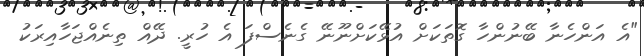
"އެ އަންހެނާ ބޭނުންހާ ގޮތަކަށް އުޅޭކަށްނޫނޭ ގެނެސްފަ އެ ހުރީ. ދޭއް ތިނެއްޖަހާއިރަކު